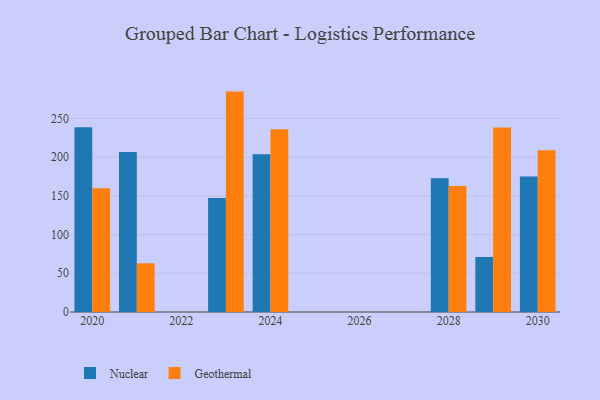
{"axis": {"x": "Year", "y": "Headcount"}, "legend": ["Geothermal", "Nuclear"], "data": [{"x": "2028", "y": 172.7, "type": "Nuclear"}, {"x": "2028", "y": 162.8, "type": "Geothermal"}, {"x": "2030", "y": 174.9, "type": "Nuclear"}, {"x": "2030", "y": 209.0, "type": "Geothermal"}, {"x": "2023", "y": 147.4, "type": "Nuclear"}, {"x": "2023", "y": 284.7, "type": "Geothermal"}, {"x": "2021", "y": 206.6, "type": "Nuclear"}, {"x": "2021", "y": 62.9, "type": "Geothermal"}, {"x": "2024", "y": 203.8, "type": "Nuclear"}, {"x": "2024", "y": 236.1, "type": "Geothermal"}, {"x": "2020", "y": 238.7, "type": "Nuclear"}, {"x": "2020", "y": 159.9, "type": "Geothermal"}, {"x": "2029", "y": 71.1, "type": "Nuclear"}, {"x": "2029", "y": 238.2, "type": "Geothermal"}]}